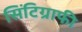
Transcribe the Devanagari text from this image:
सिंटिग्राफी